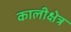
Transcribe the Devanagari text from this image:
कालीक्षेत्र